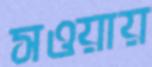
সওয়ায়